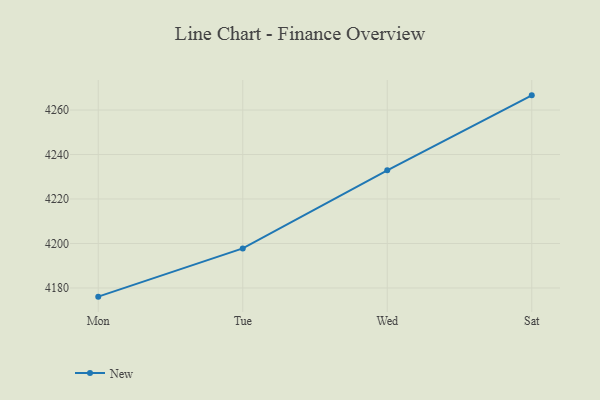
{"axis": {"x": "Day", "y": "Page Views"}, "legend": ["New"], "data": [{"x": "Mon", "y": 4176.1, "type": "New"}, {"x": "Tue", "y": 4197.8, "type": "New"}, {"x": "Wed", "y": 4232.9, "type": "New"}, {"x": "Sat", "y": 4266.6, "type": "New"}]}